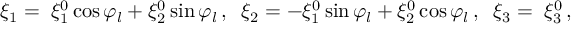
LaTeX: \xi _ { 1 } = \; \xi _ { 1 } ^ { 0 } \cos { \varphi _ { l } } + \xi _ { 2 } ^ { 0 } \sin { \varphi _ { l } } \, , \; \; \xi _ { 2 } = - \xi _ { 1 } ^ { 0 } \sin { \varphi _ { l } } + \xi _ { 2 } ^ { 0 } \cos { \varphi _ { l } } \, , \; \; \xi _ { 3 } = \; \xi _ { 3 } ^ { 0 } \, ,